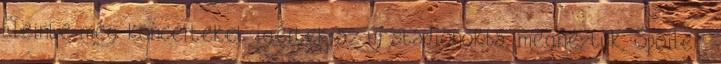
Eleinte még koncerteket ígértek az új stadionokba, megnéztük, Spoiler: